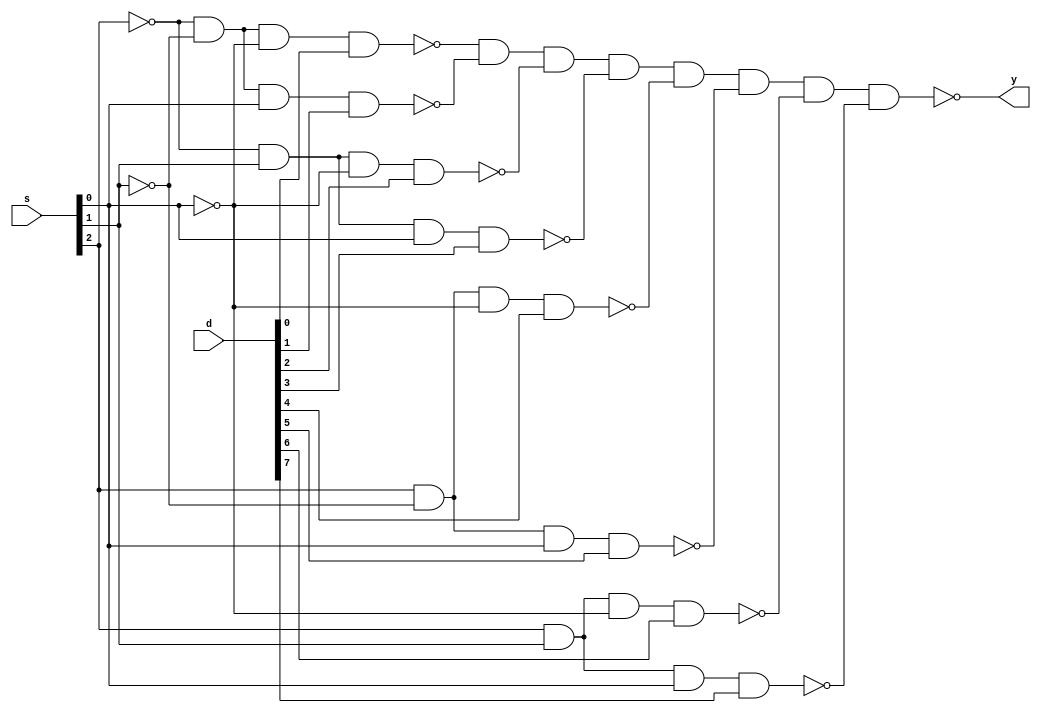
module mux_8x1 (y, s, d);
    output y;
    input [2:0] s;
    input [7:0] d;

    wire not_s0, not_s1, not_s2, d0_out, d1_out, d2_out, d3_out, d4_out, d5_out, d6_out, d7_out;
    not (not_s0, s[0]);
    not (not_s1, s[1]);
    not (not_s2, s[2]);
    nand (d0_out, not_s2, not_s1, not_s0, d[0]);
    nand (d1_out, not_s2, not_s1, s[0], d[1]);
    nand (d2_out, not_s2, s[1], not_s0, d[2]);
    nand (d3_out, not_s2, s[1], s[0], d[3]);
    nand (d4_out, s[2], not_s1, not_s0, d[4]);
    nand (d5_out, s[2], not_s1, s[0], d[5]);
    nand (d6_out, s[2], s[1], not_s0, d[6]);
    nand (d7_out, s[2], s[1], s[0], d[7]);
        
    nand (y, d0_out, d1_out, d2_out, d3_out, d4_out, d5_out, d6_out, d7_out);

endmodule